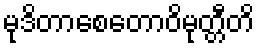
မုဒိတာစေတောဝိမုတ္တီတိ